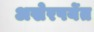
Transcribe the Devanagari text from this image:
अखेरपर्येत